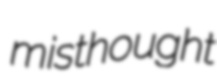
misthought